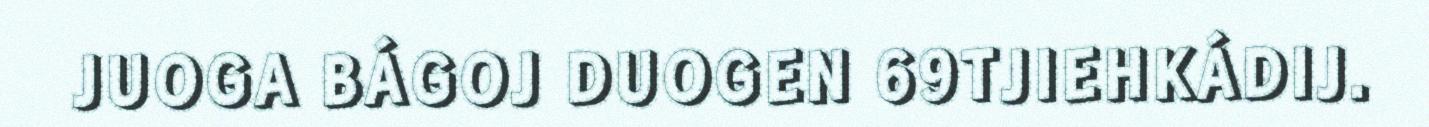
JUOGA BÁGOJ DUOGEN 69TJIEHKÁDIJ.